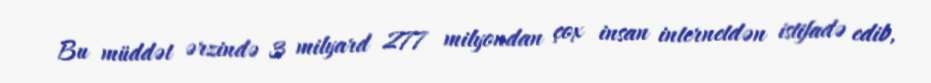
Bu müddət ərzində 3 milyard 277 milyondan çox insan internetdən istifadə edib,